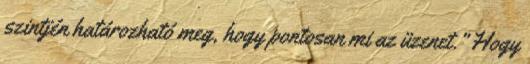
szintjén határozható meg, hogy pontosan mi az üzenet.” Hogy